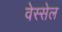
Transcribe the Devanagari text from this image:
वेस्सेल